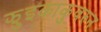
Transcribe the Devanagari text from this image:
झुइकाकुवरुन